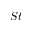
S t